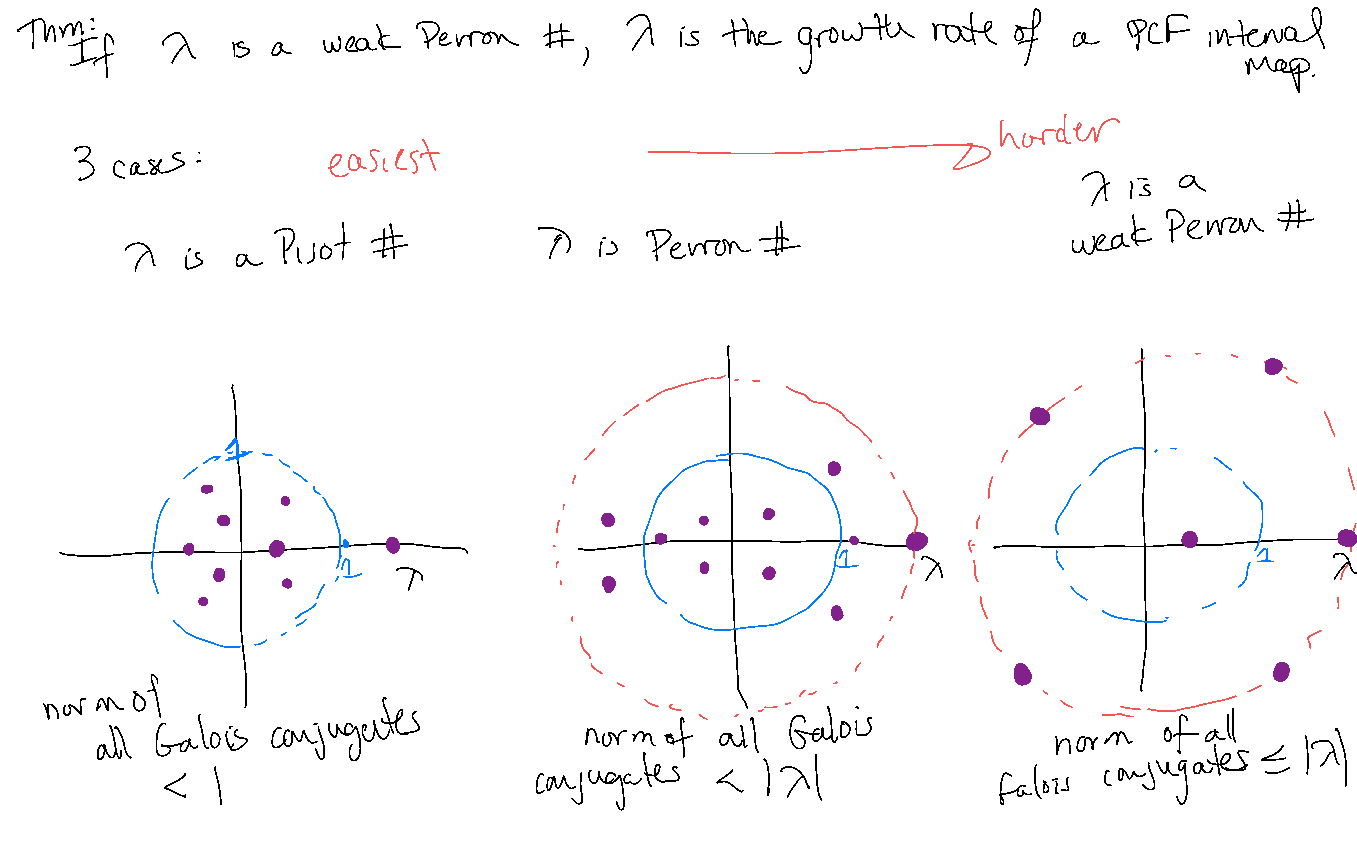
Thmtf     X         weak   Perron  #    X   is the  growth   rate of  a   PCF  interval
 is a                    ,
 map
 .
 harder
 3 cases :        easiest              -
 X  is a
 #e
 Perron
 Pilot  #          7   is Perron #                    weak
 X   is  a
 •
 ⑨
 t÷
 ÷
 :
 •                a
 of
 norm
 conjugates                        Galois                      all
 Galois                            of  all                          of
 all                              norm                           horn         th)
 conjugates
 conjugates      171
 <  I                                a                  galois